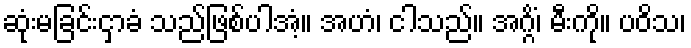
ဆုံးမခြင်းငှာခံ သည်ဖြစ်ပါအံ့။ အဟံ၊ ငါသည်။ အဂ္ဂိံ၊ မီးကို။ ပဝိသ၊